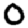
Digit: 0